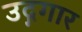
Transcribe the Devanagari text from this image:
उद्गगार